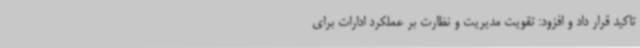
تاکید قرار داد و افزود: تقویت مدیریت و نظارت بر عملکرد ادارات برای